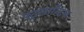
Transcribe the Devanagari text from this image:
एट्लान्टिक